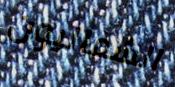
الشماليون